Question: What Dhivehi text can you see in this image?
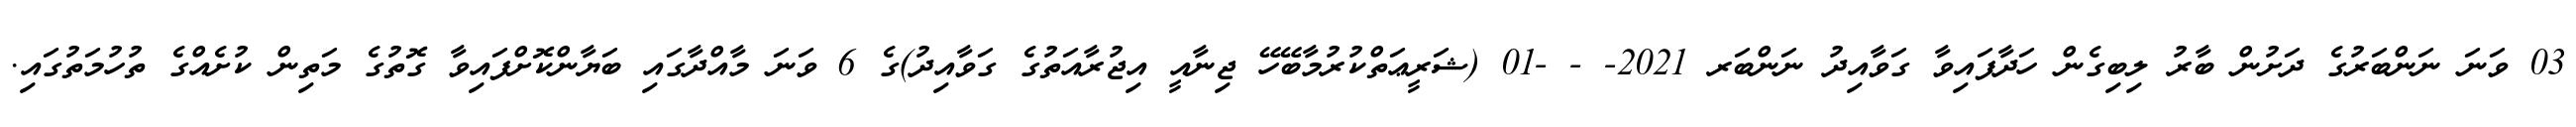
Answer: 03 ވަނަ ނަންބަރުގެ ދަށުން ބާރު ލިބިގެން ހަދާފައިވާ ގަވާއިދު ނަންބަރ 2021- - -01 (ޝަރީޢަތްކުރުމާބޭހޭ ޖިނާއީ އިޖުރާއަތުގެ ގަވާއިދު)ގެ 6 ވަނަ މާއްދާގައި ބަޔާންކޮށްފައިވާ ގޮތުގެ މަތިން ކުށެއްގެ ތުހުމަތުގައި.